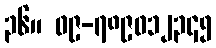
၃၆။ ၀၉-၇၈၉၀၁၂၃၄၅